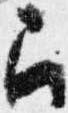
召